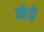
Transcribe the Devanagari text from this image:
नेग्रे